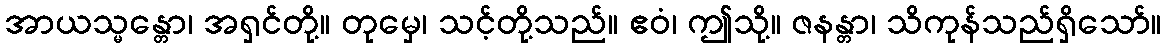
အာယသ္မန္တော၊ အရှင်တို့။ တုမှေ၊ သင့်တို့သည်။ ဧဝံ၊ ဤသို့။ ဇနန္တာ၊ သိကုန်သည်ရှိသော်။